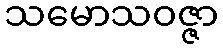
သမောသဝဇ္ဇာ